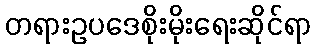
တရားဥပဒေစိုးမိုးရေးဆိုင်ရာ